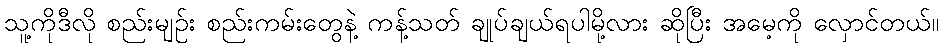
သူ့ကိုဒီလို စည်းမျဉ်း စည်းကမ်းတွေနဲ့ ကန့်သတ် ချုပ်ချယ်ရပါမို့လား ဆိုပြီး အမေ့ကို လှောင်တယ်။